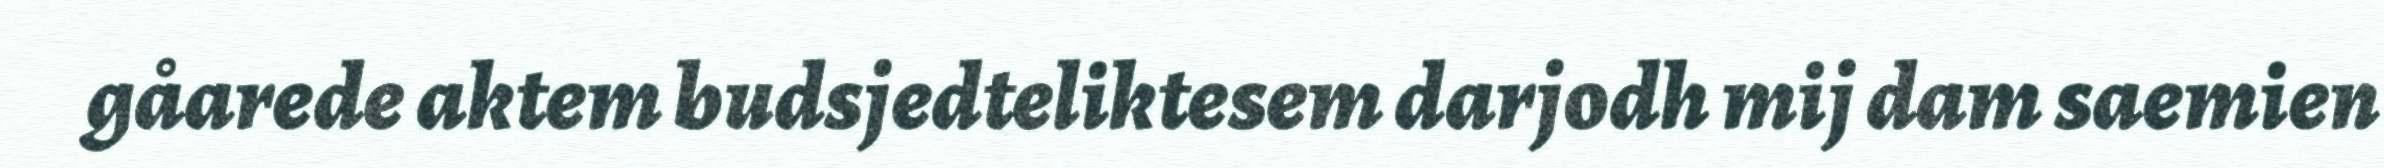
gåarede aktem budsjedteliktesem darjodh mij dam saemien